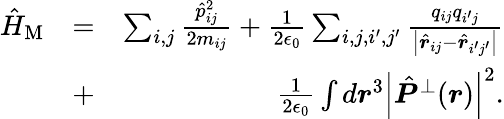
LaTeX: \begin{array}{rlr}{\hat{H}_{\mathrm{M}}}&{=}&{\sum_{i,j}\frac{\hat{p}_{ij}^{2}}{2m_{ij}}+\frac{1}{2\epsilon_{0}}\sum_{i,j,i^{\prime},j^{\prime}}\frac{q_{ij}q_{i^{\prime}j}}{\left|\hat{\boldsymbol r}_{ij}-\hat{\boldsymbol r}_{i^{\prime}j^{\prime}}\right|}}\\ &{+}&{\frac{1}{2\epsilon_{0}}\int d\boldsymbol r^{3}\left|\hat{\boldsymbol P}^{\perp}(\boldsymbol r)\right|^{2}.}\end{array}